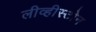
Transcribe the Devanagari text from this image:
लीव्हीस्टोन